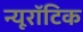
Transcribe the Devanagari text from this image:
न्यूरॉटिक